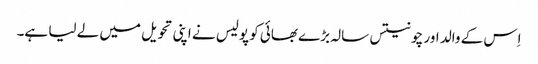
اِس کے والد اور چونتیس سالہ بڑے بھائی کو پولیس نے اپنی تحویل میں لے لیا ہے۔